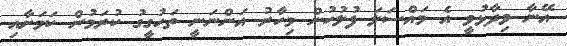
އޭނާ ވިދާޅުވީ އެ މައްސަލަ ފުލުހުން މިހާރު އަންނަނީ ތަހުގީގު ކުރަމުން ކަމަށާއި